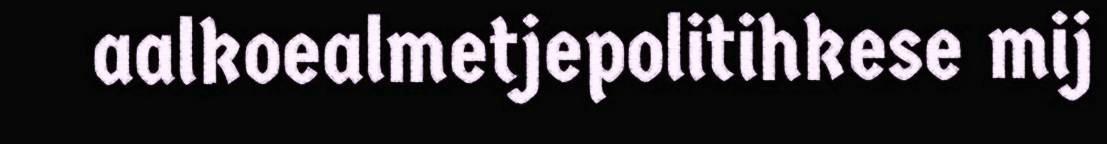
aalkoealmetjepolitihkese mij